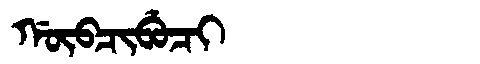
Manchu: ᡤᡡᠪᠴᡳᠪᡠᠴᡳ
Romanization: GŪBCIBUCI